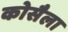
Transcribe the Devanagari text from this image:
कोसैला